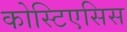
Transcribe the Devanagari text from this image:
कोस्टिएसिस